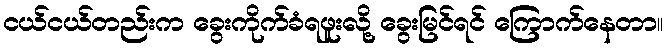
ငယ်ငယ်တည်းက ခွေးကိုက်ခံရဖူးလို့ ခွေးမြင်ရင် ကြောက်နေတာ။